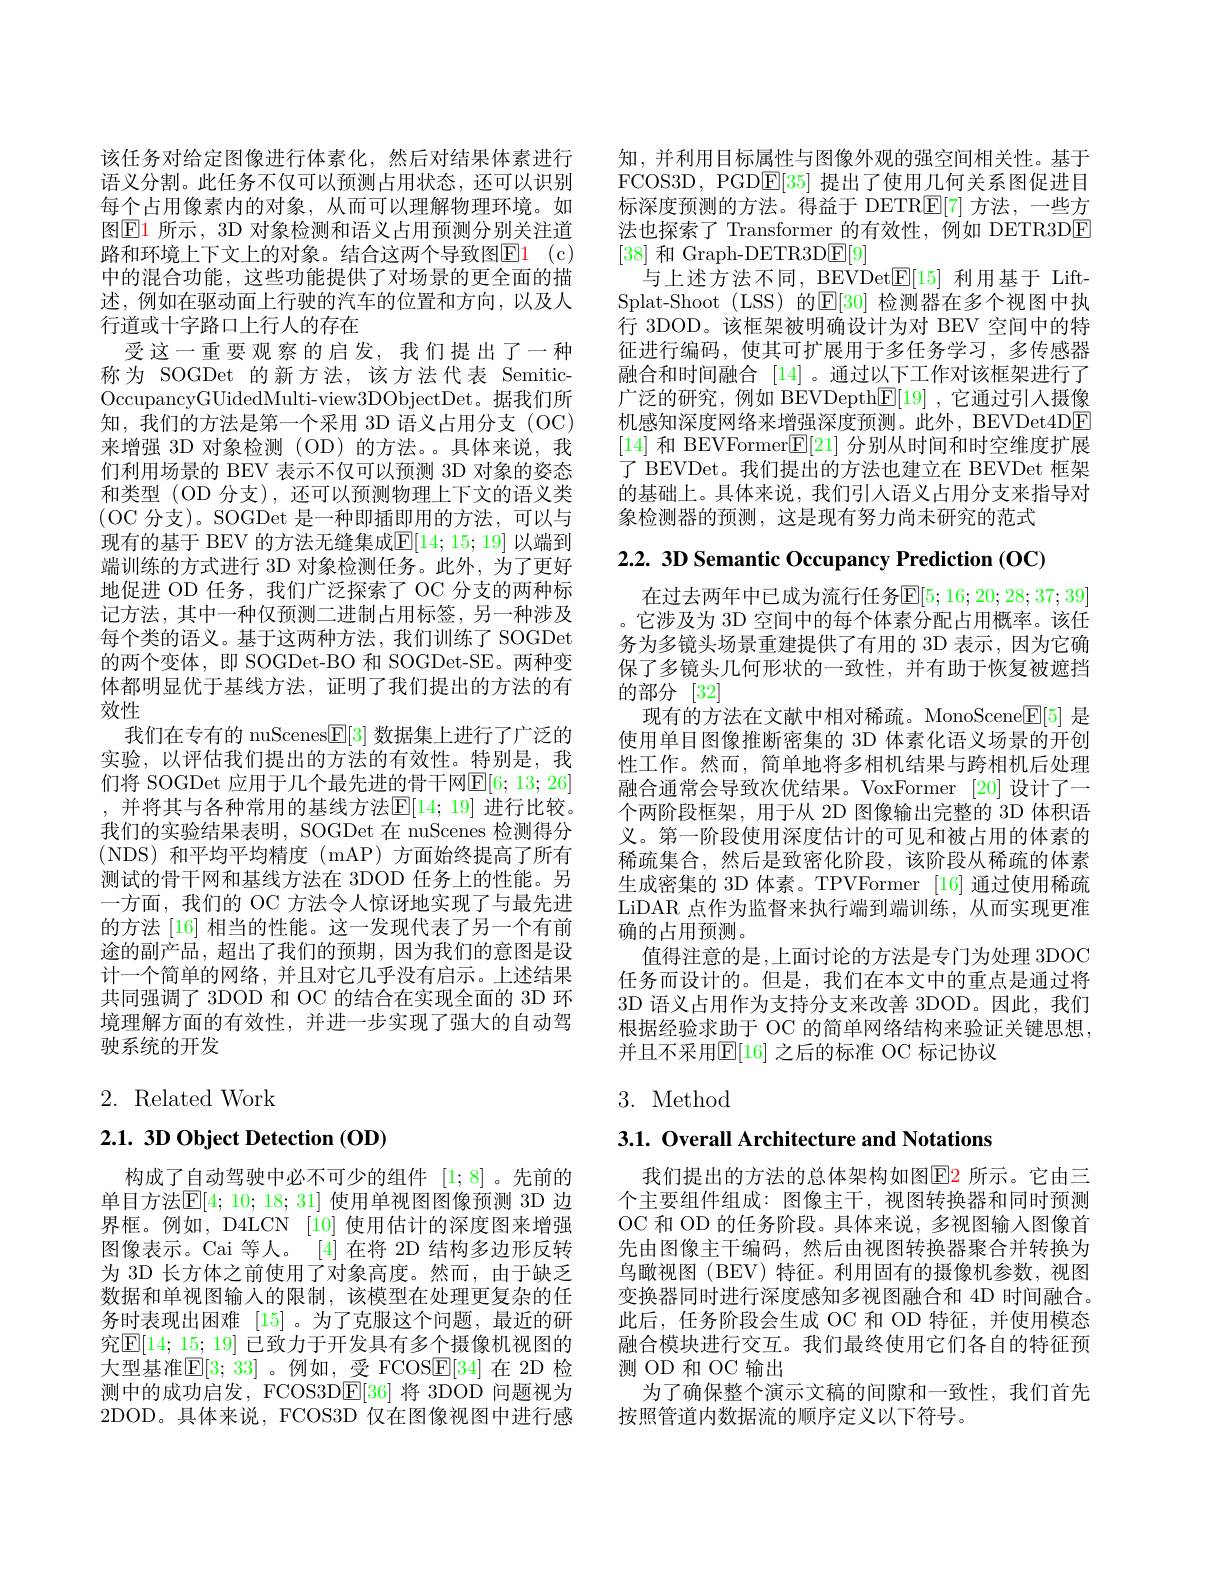
该任务对给定图像进行体素化，然后对结果体素进行语义分割。此任务不仅可以预测占用状态，还可以识别每个占用像素内的对象，从而可以理解物理环境。如图$\boxed{\mathrm{E}}1$ 所示，3D 对象检测和语义占用预测分别关注道路和环境上下文上的对象。结合这两个导致图$\boxed{\mathrm{F} }1$ (c) 中的混合功能，这些功能提供了对场景的更全面的描述，例如在驱动面上行驶的汽车的位置和方向，以及人行道或十字路口上行人的存在
受这一重要观察的启发，我们提出了一种称为 SOGDet 的新方法，该方法代表 SemiticOccupancyGUidedMulti- view3DObjectDet。据我们所知，我们的方法是第一个采用 3D 语义占用分支(OC) 来增强 3D 对象检测(OD)的方法。具体来说，我们利用场景的 BEV 表示不仅可以预测 3D 对象的姿态和类型 (OD 分支),还可以预测物理上下文的语义类(OC 分支)。SOGDet 是一种即插即用的方法，可以与现有的基于 BEV 的方法无缝集成$\mathbb{E}[14;15;19]$ 以端到端训练的方式进行 3D 对象检测任务。此外，为了更好地促进 OD 任务，我们广泛探索了 OC 分支的两种标记方法，其中一种仅预测二进制占用标签，另一种涉及每个类的语义。基于这两种方法，我们训练了 SOGDet 的两个变体，即 SOGDet-BO 和 SOGDet-SE。两种变体都明显优于基线方法，证明了我们提出的方法的有效性
我们在专有的 nuScenes$[\mathbb{F}[3]$数据集上进行了广泛的实验，以评估我们提出的方法的有效性。特别是，我们将 SOGDet 应用于几个最先进的骨干网$\mathbb{E}[6;13;26]$ , 并将其与各种常用的基线方法$\mathbb{E}[14;19]$ 进行比较。我们的实验结果表明，SOGDet 在 nuScenes 检测得分(NDS)和平均平均精度(mAP)方面始终提高了所有测试的骨干网和基线方法在 3DOD 任务上的性能。另一方面，我们的 OC 方法令人惊讶地实现了与最先进的方法 [16] 相当的性能。这一发现代表了另一个有前途的副产品，超出了我们的预期，因为我们的意图是设计一个简单的网络，并且对它几乎没有启示。上述结果共同强调了 3DOD 和 OC 的结合在实现全面的 3D 环境理解方面的有效性，并进一步实现了强大的自动驾驶系统的开发

## 2. Related Work

2.1.3D Object Detection (OD)

构成了自动驾驶中必不可少的组件[1;8]。先前的单目方法$\mathbb{E}[4;10;18;31]$ 使用单视图图像预测 3D 边界框。例如，D4LCN [10] 使用估计的深度图来增强图像表示。Cai 等人。[4]在将 2D 结构多边形反转为 3D 长方体之前使用了对象高度。然而，由于缺乏数据和单视图输入的限制，该模型在处理更复杂的任务时表现出困难 [15]。为了克服这个问题，最近的研究$\mathbb{E}[14;15;19]$ 已致力于开发具有多个摄像机视图的大型基准$\mathbb{E}[3;33]$ 。例如，受 FCOSE[34] 在 2D 检测中的成功启发，FCOS3DE[36]将 3DOD 问题视为2DOD。具体来说，FCOS3D 仅在图像视图中进行感

知，并利用目标属性与图像外观的强空间相关性。基于FCOS3D, PGD$\underline{\mathrm{E}}[35]$提出了使用几何关系图促进目标深度预测的方法。得益于 DETR$\underline{\mathrm{E}}[7]$方法，一些方法也探索了 Transformer 的有效性，例如 DETR3DE [38]和 Graph-DETR3D$\boxed{\mathrm{E}}[9]$
与上述方法不同，BEVDet$\mathbb{E}[15]$利用基于 LiftSplat-Shoot (LSS) 的$\mathbb{E}[30]$ 检测器在多个视图中执行 3DOD。该框架被明确设计为对 BEV 空间中的特征进行编码，使其可扩展用于多任务学习，多传感器融合和时间融合[14] 。通过以下工作对该框架进行了广泛的研究，例如 BEVDepth$\mathbb{E}[19]$ ,它通过引人摄像机感知深度网络来增强深度预测。此外，BEVDet4DE [14]和 BEVFormer$\mathbb{E}[21]$分别从时间和时空维度扩展了 BEVDet。我们提出的方法也建立在 BEVDet 框架的基础上。具体来说，我们引人语义占用分支来指导对象检测器的预测，这是现有努力尚未研究的范式

2.2.3D Semantic Occupancy Prediction (OC)

在过去两年中已成为流行任务$\overline{\mathbb{E}}[5;16;20;28;37;39]$ 。它涉及为 3D 空间中的每个体素分配占用概率。该任务为多镜头场景重建提供了有用的 3D 表示，因为它确保了多镜头几何形状的一致性，并有助于恢复被遮挡的部分[32]
现有的方法在文献中相对稀疏。MonoScene$\mathbb{E}[5]$是使用单目图像推断密集的 3D 体素化语义场景的开创性工作。然而，简单地将多相机结果与跨相机后处理融合通常会导致次优结果。VoxFormer [20]设计了一个两阶段框架，用于从 2D 图像输出完整的 3D 体积语义。第一阶段使用深度估计的可见和被占用的体素的稀疏集合，然后是致密化阶段，该阶段从稀疏的体素生成密集的 3D 体素。TPVFormer [16] 通过使用稀疏LiDAR 点作为监督来执行端到端训练，从而实现更准确的占用预测。
值得注意的是，上面讨论的方法是专门为处理 3DOC 任务而设计的。但是，我们在本文中的重点是通过将3D 语义占用作为支持分支来改善 3DOD。因此，我们根据经验求助于 OC 的简单网络结构来验证关键思想， 并且不采用$\mathbb{E}[16]$ 之后的标准 OC 标记协议

3. Method

3.1. Overall Architecture and Notations

我们提出的方法的总体架构如图$\color{red}{\mathrm{E2}}$ 所示。它由三个主要组件组成：图像主干，视图转换器和同时预测OC 和 OD 的任务阶段。具体来说，多视图输人图像首先由图像主干编码，然后由视图转换器聚合并转换为鸟瞰视图(BEV) 特征。利用固有的摄像机参数，视图变换器同时进行深度感知多视图融合和 4D 时间融合。此后，任务阶段会生成 OC 和 OD 特征，并使用模态融合模块进行交互。我们最终使用它们各自的特征预测 OD 和 OC 输出
为了确保整个演示文稿的间隙和一致性，我们首先
按照管道内数据流的顺序定义以下符号。